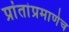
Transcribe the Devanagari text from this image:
प्रांतांप्रमाणेच